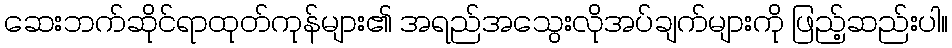
ဆေးဘက်ဆိုင်ရာထုတ်ကုန်များ၏ အရည်အသွေးလိုအပ်ချက်များကို ဖြည့်ဆည်းပါ။